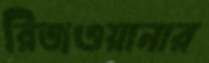
রিজওয়ানার